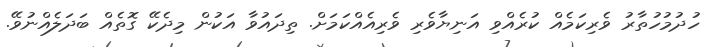
ހުދުމުހުތާރު ވެރިކަމެއް ކުރެއްވި އަނިޔާވެރި ވެރިއެއްކަމަށް. ތިދައުވާ އަކުން މިދެކޭ ގޮތެއް ބަދަލެއްނުވޭ.